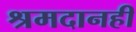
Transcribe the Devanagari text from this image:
श्रमदानही